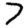
Digit: 7